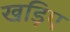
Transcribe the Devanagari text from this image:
खड़िए